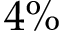
4 \%